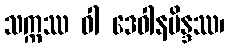
သက္ကဿ ဝါ ဒေဝါနမိန္ဒဿ၊